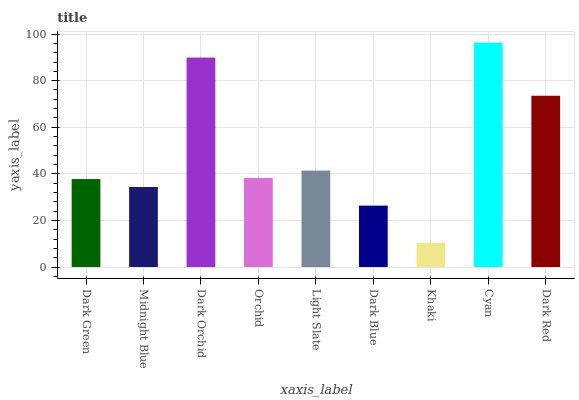
| xaxis_label | bars |
 | --- | --- |
 | Dark Green | 37.8 |
 | Midnight Blue | 34.4 |
 | Dark Orchid | 89.9 |
 | Orchid | 38.2 |
 | Light Slate | 41.4 |
 | Dark Blue | 26.4 |
 | Khaki | 10.4 |
 | Cyan | 96.3 |
 | Dark Red | 73.5 |